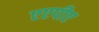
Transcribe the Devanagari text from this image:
एएपीए